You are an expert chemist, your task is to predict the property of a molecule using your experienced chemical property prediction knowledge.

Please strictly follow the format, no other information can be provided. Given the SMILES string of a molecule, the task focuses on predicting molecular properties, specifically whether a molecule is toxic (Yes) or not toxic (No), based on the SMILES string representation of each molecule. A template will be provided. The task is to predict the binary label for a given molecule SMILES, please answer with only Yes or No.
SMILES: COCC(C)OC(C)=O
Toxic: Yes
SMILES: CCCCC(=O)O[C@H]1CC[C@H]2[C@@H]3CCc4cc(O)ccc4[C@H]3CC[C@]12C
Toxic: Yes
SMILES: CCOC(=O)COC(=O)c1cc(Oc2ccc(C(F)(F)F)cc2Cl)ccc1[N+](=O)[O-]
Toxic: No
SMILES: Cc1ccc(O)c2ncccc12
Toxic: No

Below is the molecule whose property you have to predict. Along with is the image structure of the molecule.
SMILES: CCN(CC)CCOc1ccc(Cc2ccccc2)cc1
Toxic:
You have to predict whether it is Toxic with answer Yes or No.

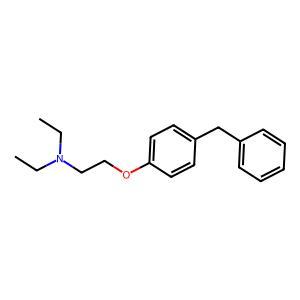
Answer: No